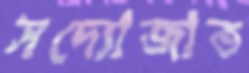
সদ্যোজাত